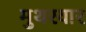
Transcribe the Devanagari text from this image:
मुथरयार